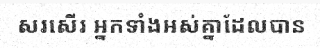
សរសើរ អ្នកទាំងអស់គ្នាដែលបាន